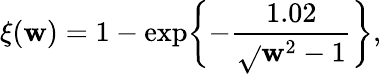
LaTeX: \xi(\mathbf{w})=1-\exp\biggl\{ -\frac{{1.02}}{{\sqrt{}{{\mathbf{w}^{2}-1}}}}\biggr\} ,